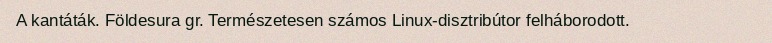
A kantáták. Földesura gr. Természetesen számos Linux-disztribútor felháborodott.